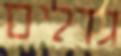
גדלים